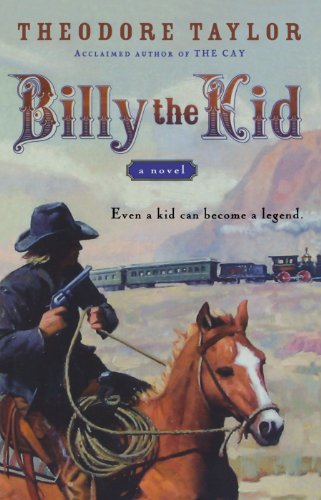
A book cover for Billy the Kid: A Novel; Theodore Taylor; Teen & Young Adult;